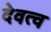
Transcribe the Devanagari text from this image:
देवत्‍व